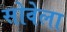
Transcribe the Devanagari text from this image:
सोवेला